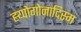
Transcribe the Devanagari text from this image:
ह्य्पोगोनादिस्म